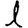
Digit: 1